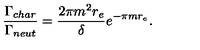
\frac { \Gamma _ { c h a r } } { \Gamma _ { n e u t } } = \frac { 2 \pi m ^ { 2 } r _ { e } } { \delta } e ^ { - \pi m r _ { e } } .